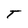
Character: T